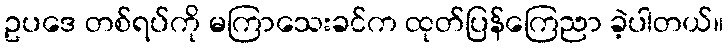
ဥပဒေ တစ်ရပ်ကို မကြာသေးခင်က ထုတ်ပြန်ကြေညာ ခဲ့ပါတယ်။